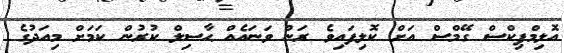
އޮލިމްޕިކްސް ގޭމްސް އަށް ކޮލިފައިވެ ރަން ވަނައެއް ޙާސިލް ކުރުން ކަމަށް މިއަދުގެ